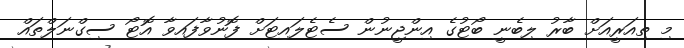
މި ތިއަރީއަށް ބާރު ލިބެނީ ބޯޓުގެ އިންޖީނުން ސެޓެލައިޓަށް ފޮނުވާފައިވާ އޮޓޯ ސިގްނަލްތައް